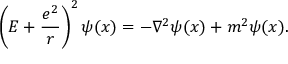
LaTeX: \left( E + { \frac { e ^ { 2 } } { r } } \right) ^ { 2 } \psi ( x ) = - \nabla ^ { 2 } \psi ( x ) + m ^ { 2 } \psi ( x ) .